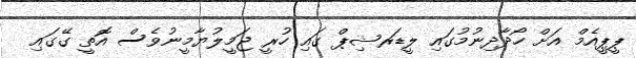
ޕީޕީއެމް އަށް ހޯދާދިނުމުގައި ލީޑަރޝިޕް ގައި ހުރީ ޖަމީލުޔާމީނުވެސް އޮތީ ގޭގައި